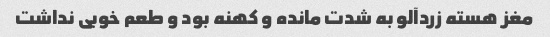
مغز هسته زردآلو به شدت مانده و کهنه بود و طعم خوبی نداشت